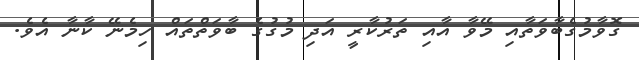
ގޮވާމުގެބާވަތާއި މޭވާ އާއި ތަރުކާރީ އަދި މުގުގެ ބާވަތްތައް ހިމެނޭ ކާނާ އެވެ.